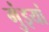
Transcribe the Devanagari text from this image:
गुंइयां